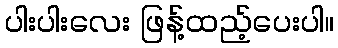
ပါးပါးလေး ဖြန့်ထည့်ပေးပါ။